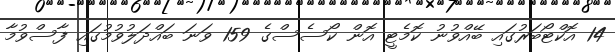
14 އޮކްޓޯބަރުގައި ބޭއްވުނު ކޮމެޓީ އޮން ކޯސެސްގެ 159 ވަނަ ބައްދަލުވުމުގައި ފާސްވުމާ